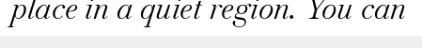
place in a quiet region. You can